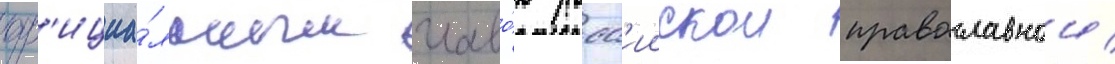
оф'ициа́льным главо́ю росс'иискои православнои